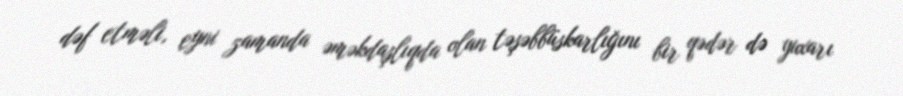
dəf etməli, eyni zamanda əməkdaşlıqda olan təşəbbüskarlığını bir qədər də yuxarı